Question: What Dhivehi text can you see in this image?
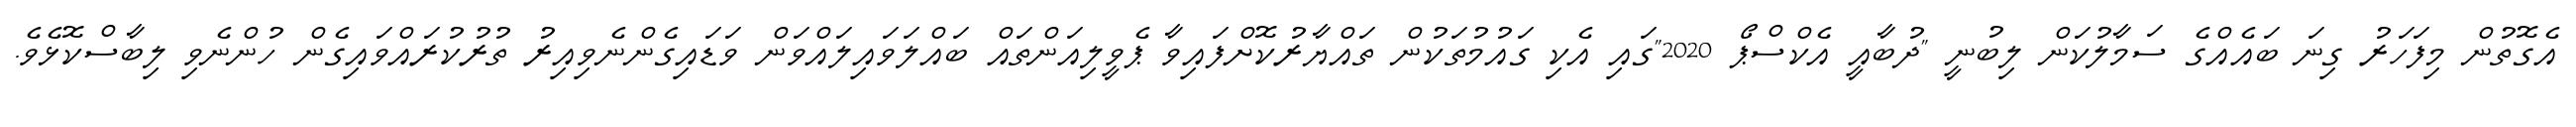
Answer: އެގޮތުން މިފަހަރު ގިނަ ބައެއްގެ ސަމާލުކަން ލިބުނީ "ދުބާއީ އެކްސްޕޯ 2020"ގައި އެކި ގައުމުތަކުން ތައްޔާރުކޮށްފައިވާ ޕެވީލިއަންތައް ބައްލަވައިލައްވަން ވަޑައިގެންނެވިއިރު ތުރުކުރައްވައިގެން ހުންނެވި ލިބާސްކޮޅެވެ.